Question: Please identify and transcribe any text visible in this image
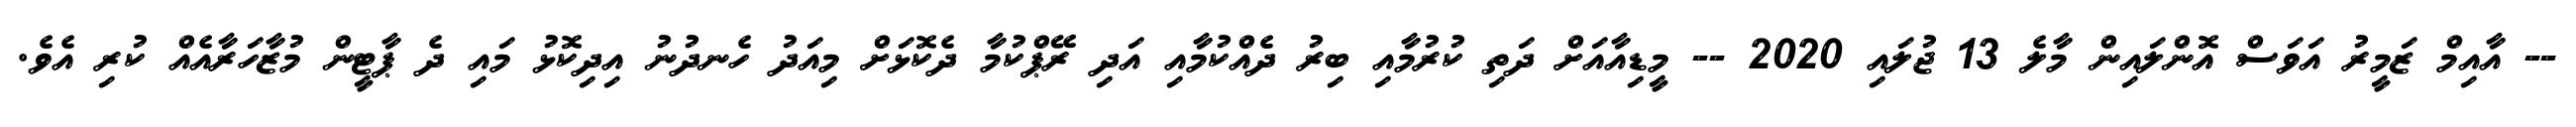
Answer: -- އާއިމް ޒަމީރު އަވަސް އޮންލައިން މާލެ 13 ޖުލައި 2020 -- މީޑިއާއަށް ދަތި ކުރުމާއި ބިރު ދެއްކުމާއި އަދި ރޭޕްކުމާ ދެކޮޅަށް މިއަދު ހެނދުނު އިދިކޮޅު މައި ދެ ޕާޓީން މުޒާހަރާއެއް ކުރި އެވެ.